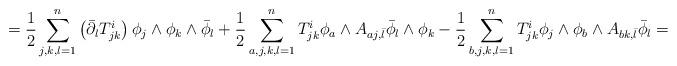
LaTeX: \begin{align*} = \frac{1}{2} \sum_{j,k, l=1}^n \left(\bar\partial_l T^{i}_{jk}\right) \phi_j \wedge \phi_k \wedge \bar\phi_l + \frac{1}{2} \sum_{a,j,k,l=1}^n T^i_{jk} \phi_a \wedge A_{aj, \bar l} \bar \phi_l \wedge \phi_k - \frac{1}{2} \sum_{b,j,k,l=1}^n T^i_{jk} \phi_j \wedge \phi_b \wedge A_{b k , \bar l} \bar \phi_l = \end{align*}